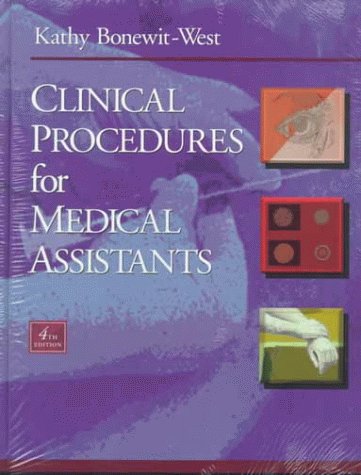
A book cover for Clinical Procedures for Medical Assistants; Kathy Bonewit-West; Medical Books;